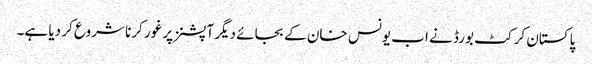
پاکستان کرکٹ بورڈ نے اب یونس خان کے بجائے دیگر آپشنز پر غور کرنا شروع کر دیا ہے۔